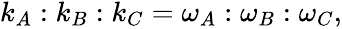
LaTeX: \begin{array}{r}{k_{A}:k_{B}:k_{C}=\omega_{A}:\omega_{B}:\omega_{C},}\end{array}